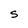
Character: S